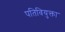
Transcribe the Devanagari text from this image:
पतिवियुक्ता